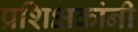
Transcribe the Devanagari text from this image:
प्रशिक्षकांनी